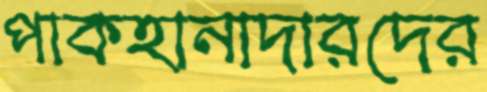
পাকহানাদারদের